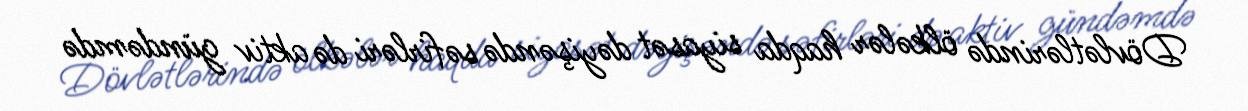
Dövlətlərində ölkələr haqda siyasət dəyişəndə səfirləri də aktiv gündəmdə